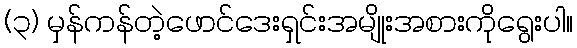
(၃) မှန်ကန်တဲ့ဖောင်ဒေးရှင်းအမျိုးအစားကိုရွေးပါ။